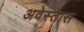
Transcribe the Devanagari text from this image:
अवेस्तास